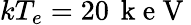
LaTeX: kT_{e}=20\, \mathrm{~k~e~V~}